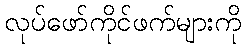
လုပ်ဖော်ကိုင်ဖက်များကို